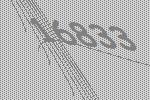
16833